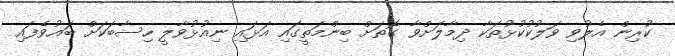
ކުރިން އެލުވި ވަލުކުކުޅުތަކާ ދިމާލަށްވާ ގޮތަށް ބިންމަތީގައި އަޅައި ނިއުޅުވާލީ ހިސާބަކަށް ބައުވެފައި